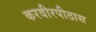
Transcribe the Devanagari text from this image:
करवीरपीठास